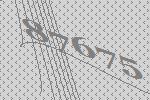
87675